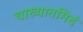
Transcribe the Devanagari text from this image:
चाख्यातमिदं